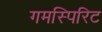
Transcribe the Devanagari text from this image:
गमस्पिरिट